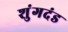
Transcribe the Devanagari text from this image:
शुंगदंड